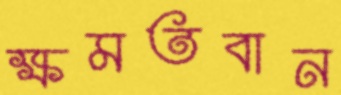
ক্ষমতবান